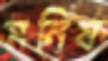
মনিষ